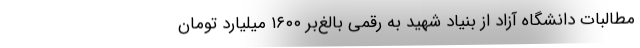
مطالبات دانشگاه آزاد از بنیاد شهید به رقمی بالغ‌بر ۱۶۰۰ میلیارد تومان